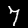
Label: 7